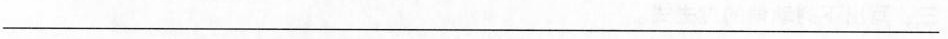
___